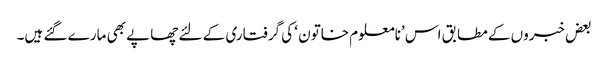
بعض خبروں کے مطابق اس ’نامعلوم خاتون ‘ کی گرفتاری کے لئے چھاپے بھی مارے گئے ہیں۔